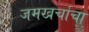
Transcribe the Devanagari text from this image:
जमखर्चाचा